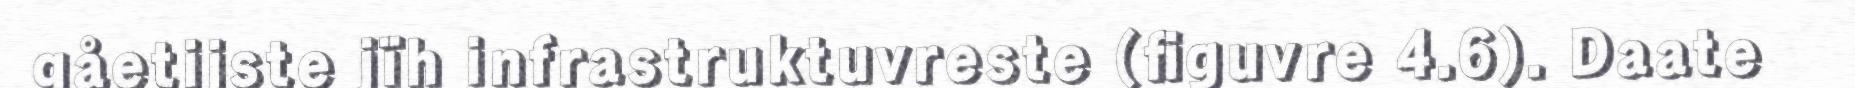
gåetijste jïh infrastruktuvreste (figuvre 4.6). Daate